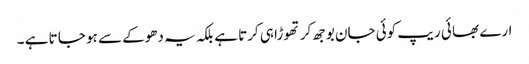
ارے بھا ئی ریپ کوئی جان بوجھ کر تھوڑا ہی کرتا ہے بلکہ یہ دھوکے سے ہو جا تا ہے ۔